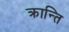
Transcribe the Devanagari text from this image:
क्रान्‍ति